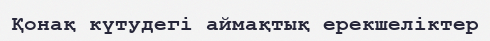
Қонақ күтудегі аймақтық ерекшеліктер